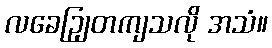
လခေဉျြတကျသလို အသံ။